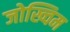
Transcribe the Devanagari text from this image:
जोख्विम